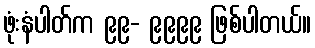
ဖုံးနံပါတ်က ၉၉- ၉၉၉၉ ဖြစ်ပါတယ်။